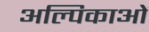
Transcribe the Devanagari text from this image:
अल्पिकाओं